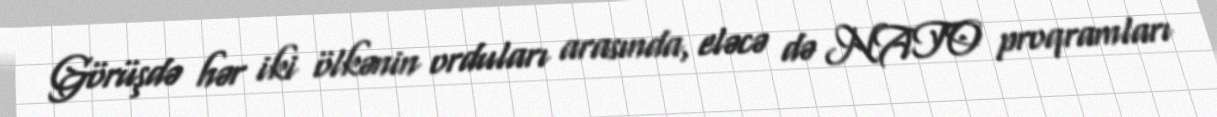
Görüşdə hər iki ölkənin orduları arasında, eləcə də NATO proqramları